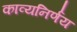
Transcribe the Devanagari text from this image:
काव्यनिर्णय